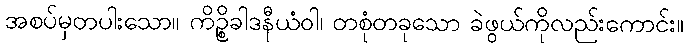
အစပ်မှတပါးသော။ ကိဉ္စိခါဒနီယံဝါ၊ တစုံတခုသော ခဲဖွယ်ကိုလည်းကောင်း။